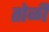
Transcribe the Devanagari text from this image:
तोळी